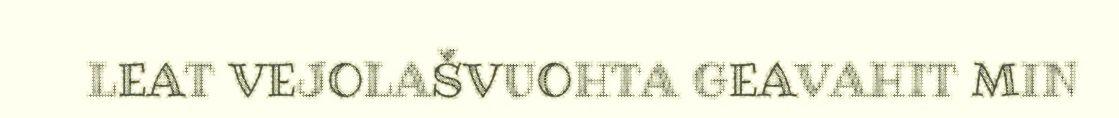
LEAT VEJOLAŠVUOHTA GEAVAHIT MIN